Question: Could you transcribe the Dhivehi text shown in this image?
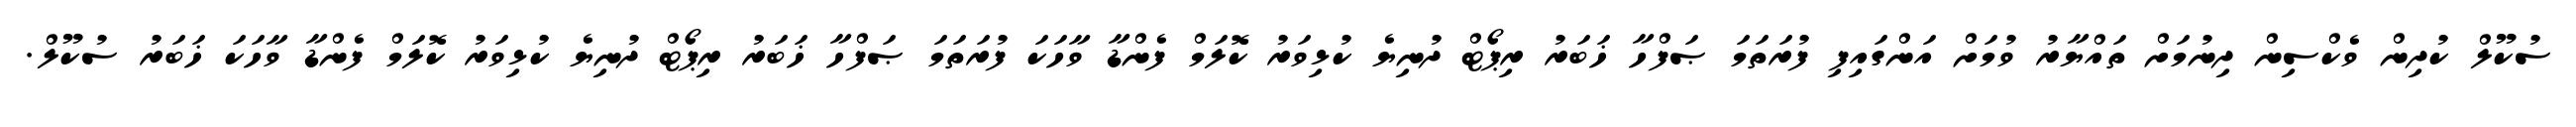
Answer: ސުކޫލް ކުދިން ވެކްސިން ދިނުމަށް ތައްޔާރު ވުމަށް އަންގައިފި ފުރަތަމަ ޞަފްހާ ޚަބަރު ރިޕޯޓް ދުނިޔެ ކުޅިވަރު ކޮލަމް ފެންޑާ ވާހަކަ ފުރަތަމަ ޞަފްހާ ޚަބަރު ރިޕޯޓް ދުނިޔެ ކުޅިވަރު ކޮލަމް ފެންޑާ ވާހަކަ ޚަބަރު ސުކޫލް.